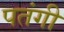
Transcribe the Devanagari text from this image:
पतंगी